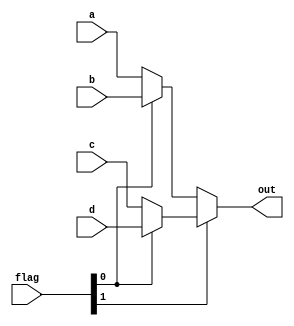
`timescale 1ns / 1ps
//////////////////////////////////////////////////////////////////////////////////
// Company: 
// Engineer: 
// 
// Design Name: 
// Module Name: mux_4_32
// Project Name: 
// Target Devices: 
// Tool Versions: 
// Description: 
// 
// Dependencies: 
// 
// Revision:
// Revision 0.01 - File Created
// Additional Comments:
// 
//////////////////////////////////////////////////////////////////////////////////


module mux_4_32(
    input [1:0] flag,
    input [31:0] a,
    input [31:0] b,
    input [31:0] c,
    input [31:0] d,
    output [31:0] out
    );
    assign out = flag[1]?(flag[0]?d:c):(flag[0]?b:a);
endmodule